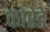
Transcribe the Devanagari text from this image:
कोरेडे